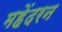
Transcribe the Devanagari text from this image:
महेंदरन